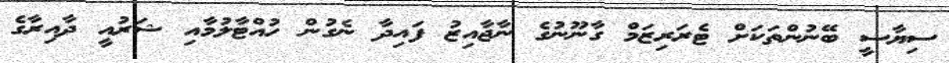
ސިޔާސީ ބޭނުންތަކަށް ޓެރަރިޒަމް ގާނޫނުގެ ނާޖާއިޒު ފައިދާ ނެގުން ހުއްޓާލުމާއި ޝަރުއީ ދާއިރާގެ